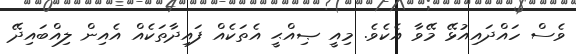
ވެސް ހައްދައިއުޅޭ މޭވާ އެކެވެ. މިއީ ޞިއްޙީ އެތަކެއް ފައިދާތަކެއް އެއިން ލިއްބައިދޭ